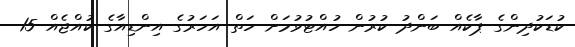
ކުޑަކުދިންގެ ޕާކެއް ބަންދު ކުރުން ހުއްޓުވުމަށް ހަތް އަހަރުގެ އިންޑިއާގެ ކުއްޖެއް 15